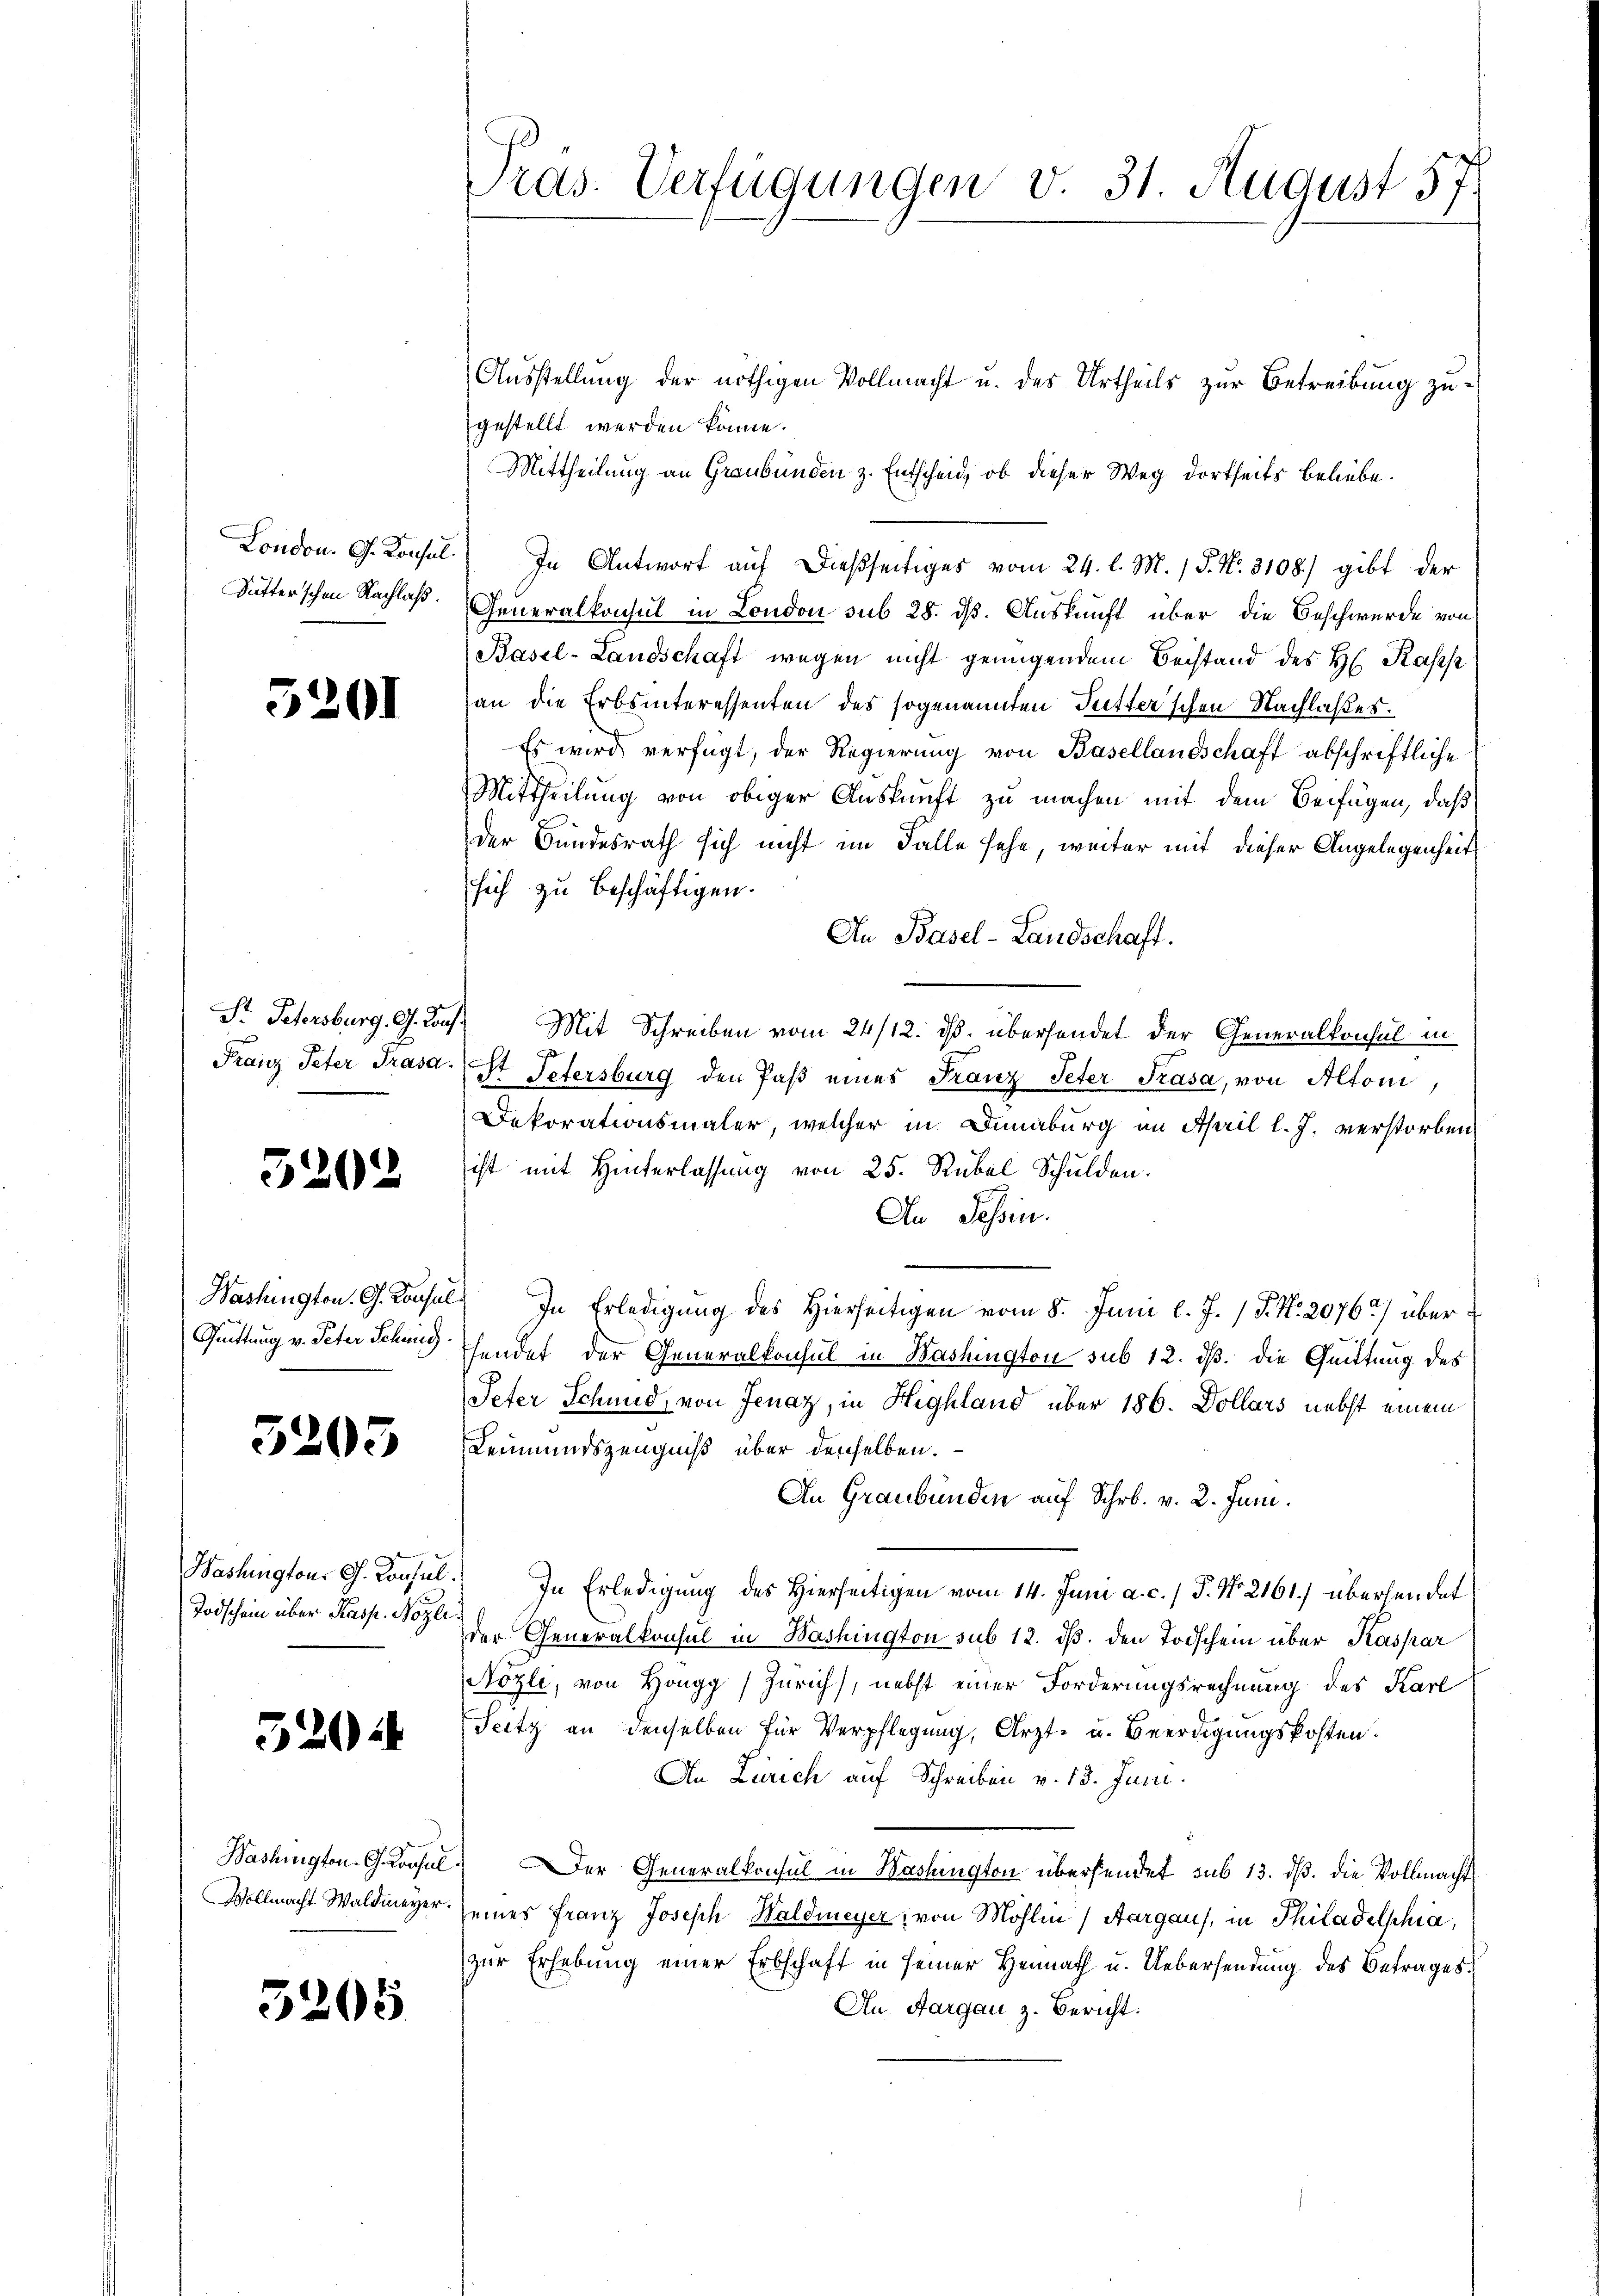
London. G. Konsul
Dutterschen Nachlaß.

5201

St. Petersburg, G. Lauf
Franz Peter Prasa.

3202

Washington. G. Consul
Guittung v. Peter Sching

5205

Washington G. Consul.
Todschein über Kasp. Nözle

520

Washington-Gonsul
Vollmacht Waldmeyer.

5205

ras. Verfügungen v. 31. August 57.

Ausstellung der nöthigen Vollmacht u. des Urtheils zur Betreibung zugestellt werden könne.
Mittheilung an Graubünden z. Entscheid, ob dieser Weg dortseits beliebe.
In Antwort auf dießseitiges vom 24. l. M. 1 S. Nr. 3108) gibt der
Generalkonsul in London sub 28. ds. Auskunft über die Beschwerde von
Basel-Landschaft wegen nicht genügendem Beistand des H. Kass
an die Erbsinteressenten des sogenannten Futter'schen Nachlaßes.
Es wird verfügt, der Regierung von Basellandschaft abschriftliche
Mittheilung von obiger Auskunft zu machen mit dem Beifügen, daß
der Bundesrath sich nicht im Falle sehe, weiter mit dieser Angelegenheit
sich zu beschäftigen.
In Basel-Landschaft.
Mit Schreiben vom 24/12. ds. übersendet der Generalkonsul in
St Petersburg den Paβ eines Franz Peter Prasa, von Altoni,
Dekorationsmaler, welcher in Dunaburg in April l. J. verstorben.
ist mit Hinterlassung von 25. Rübel Schulden.
An Tessin.
In Erledigung des Hierseitigen vom 8. Juni l. J. P. Nr. 2076 überhendet der Generalkonsul in Washington sub 12. ds. die Quittung des
Peter Schmid, von Jenaz, in Highland über 186. Dollars nebst einem
Leumundszeugniß über denselben.
An Graubünden auf Schr. v. 2. Juni.
In Erledigung des Hierseitigen vom 14. Juni a. c. / P. Nr. 2161) übersendet
der Generalkonsul in Washington sub 12. dβ. den Todschein über Kaspar
Nozle, von Höngg (Zürich), nebst einer Forderungsrechnung des Karl
Teitz an denselben für Verpflegung, Arzt- u. Beerdigungskosten.
An Zürich auf Schreiben v. 13. Juni.
Der Generalkonsul in Washington übersendet sub 13. dß. die Vollmacht
eines Franz Joseph Waldmeyer, von Mohlin (Aargaus, in Philadelphia,
zur Erhebung einer Erbschaft in seiner Heimath u. Uebersendung des Betrages
An Aargau z. Bericht.